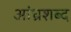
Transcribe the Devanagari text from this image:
आंध्रशब्द